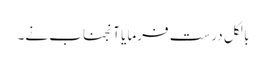
بالکل درست فرمایا آنجناب نے۔